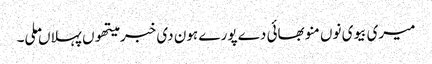
میری بیوی نوں منو بھائی دے پورے ہون دی خبر میتھوں پہلاں ملی۔